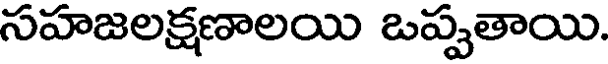
సహజలక్షణాలయి ఒప్పతాయి.